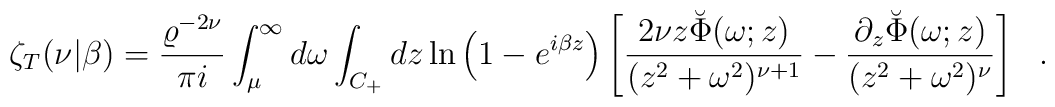
\zeta_T(\nu|\beta)={\varrho^{-2\nu} \over \pi i}\int_{\mu}^{\infty} d\omega \int_{C_+} dz\ln\left(1-e^{i\beta z}\right)\left[{2\nu z \breve{\Phi}(\omega;z) \over(z^2+\omega^2)^{\nu+1}}-{\partial_z\breve{\Phi}(\omega;z) \over(z^2+\omega^2)^{\nu}}\right]~~.